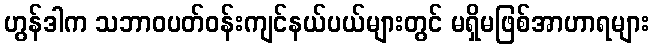
ဟွန်ဒါက သဘာဝပတ်ဝန်းကျင်နယ်ပယ်များတွင် မရှိမဖြစ်အာဟာရများ